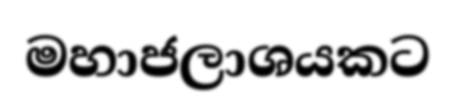
මහාජලාශයකට